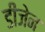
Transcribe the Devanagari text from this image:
डीजेन